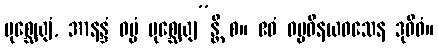
ပုစ္ဆေယျံ, အာနန္ဒံ ဓမ္မံ ပုစ္ဆေယျ”န္တိ စ။ ဧဝံ ဓမ္မဝိနယဝသေန ဒုဝိဓံ။